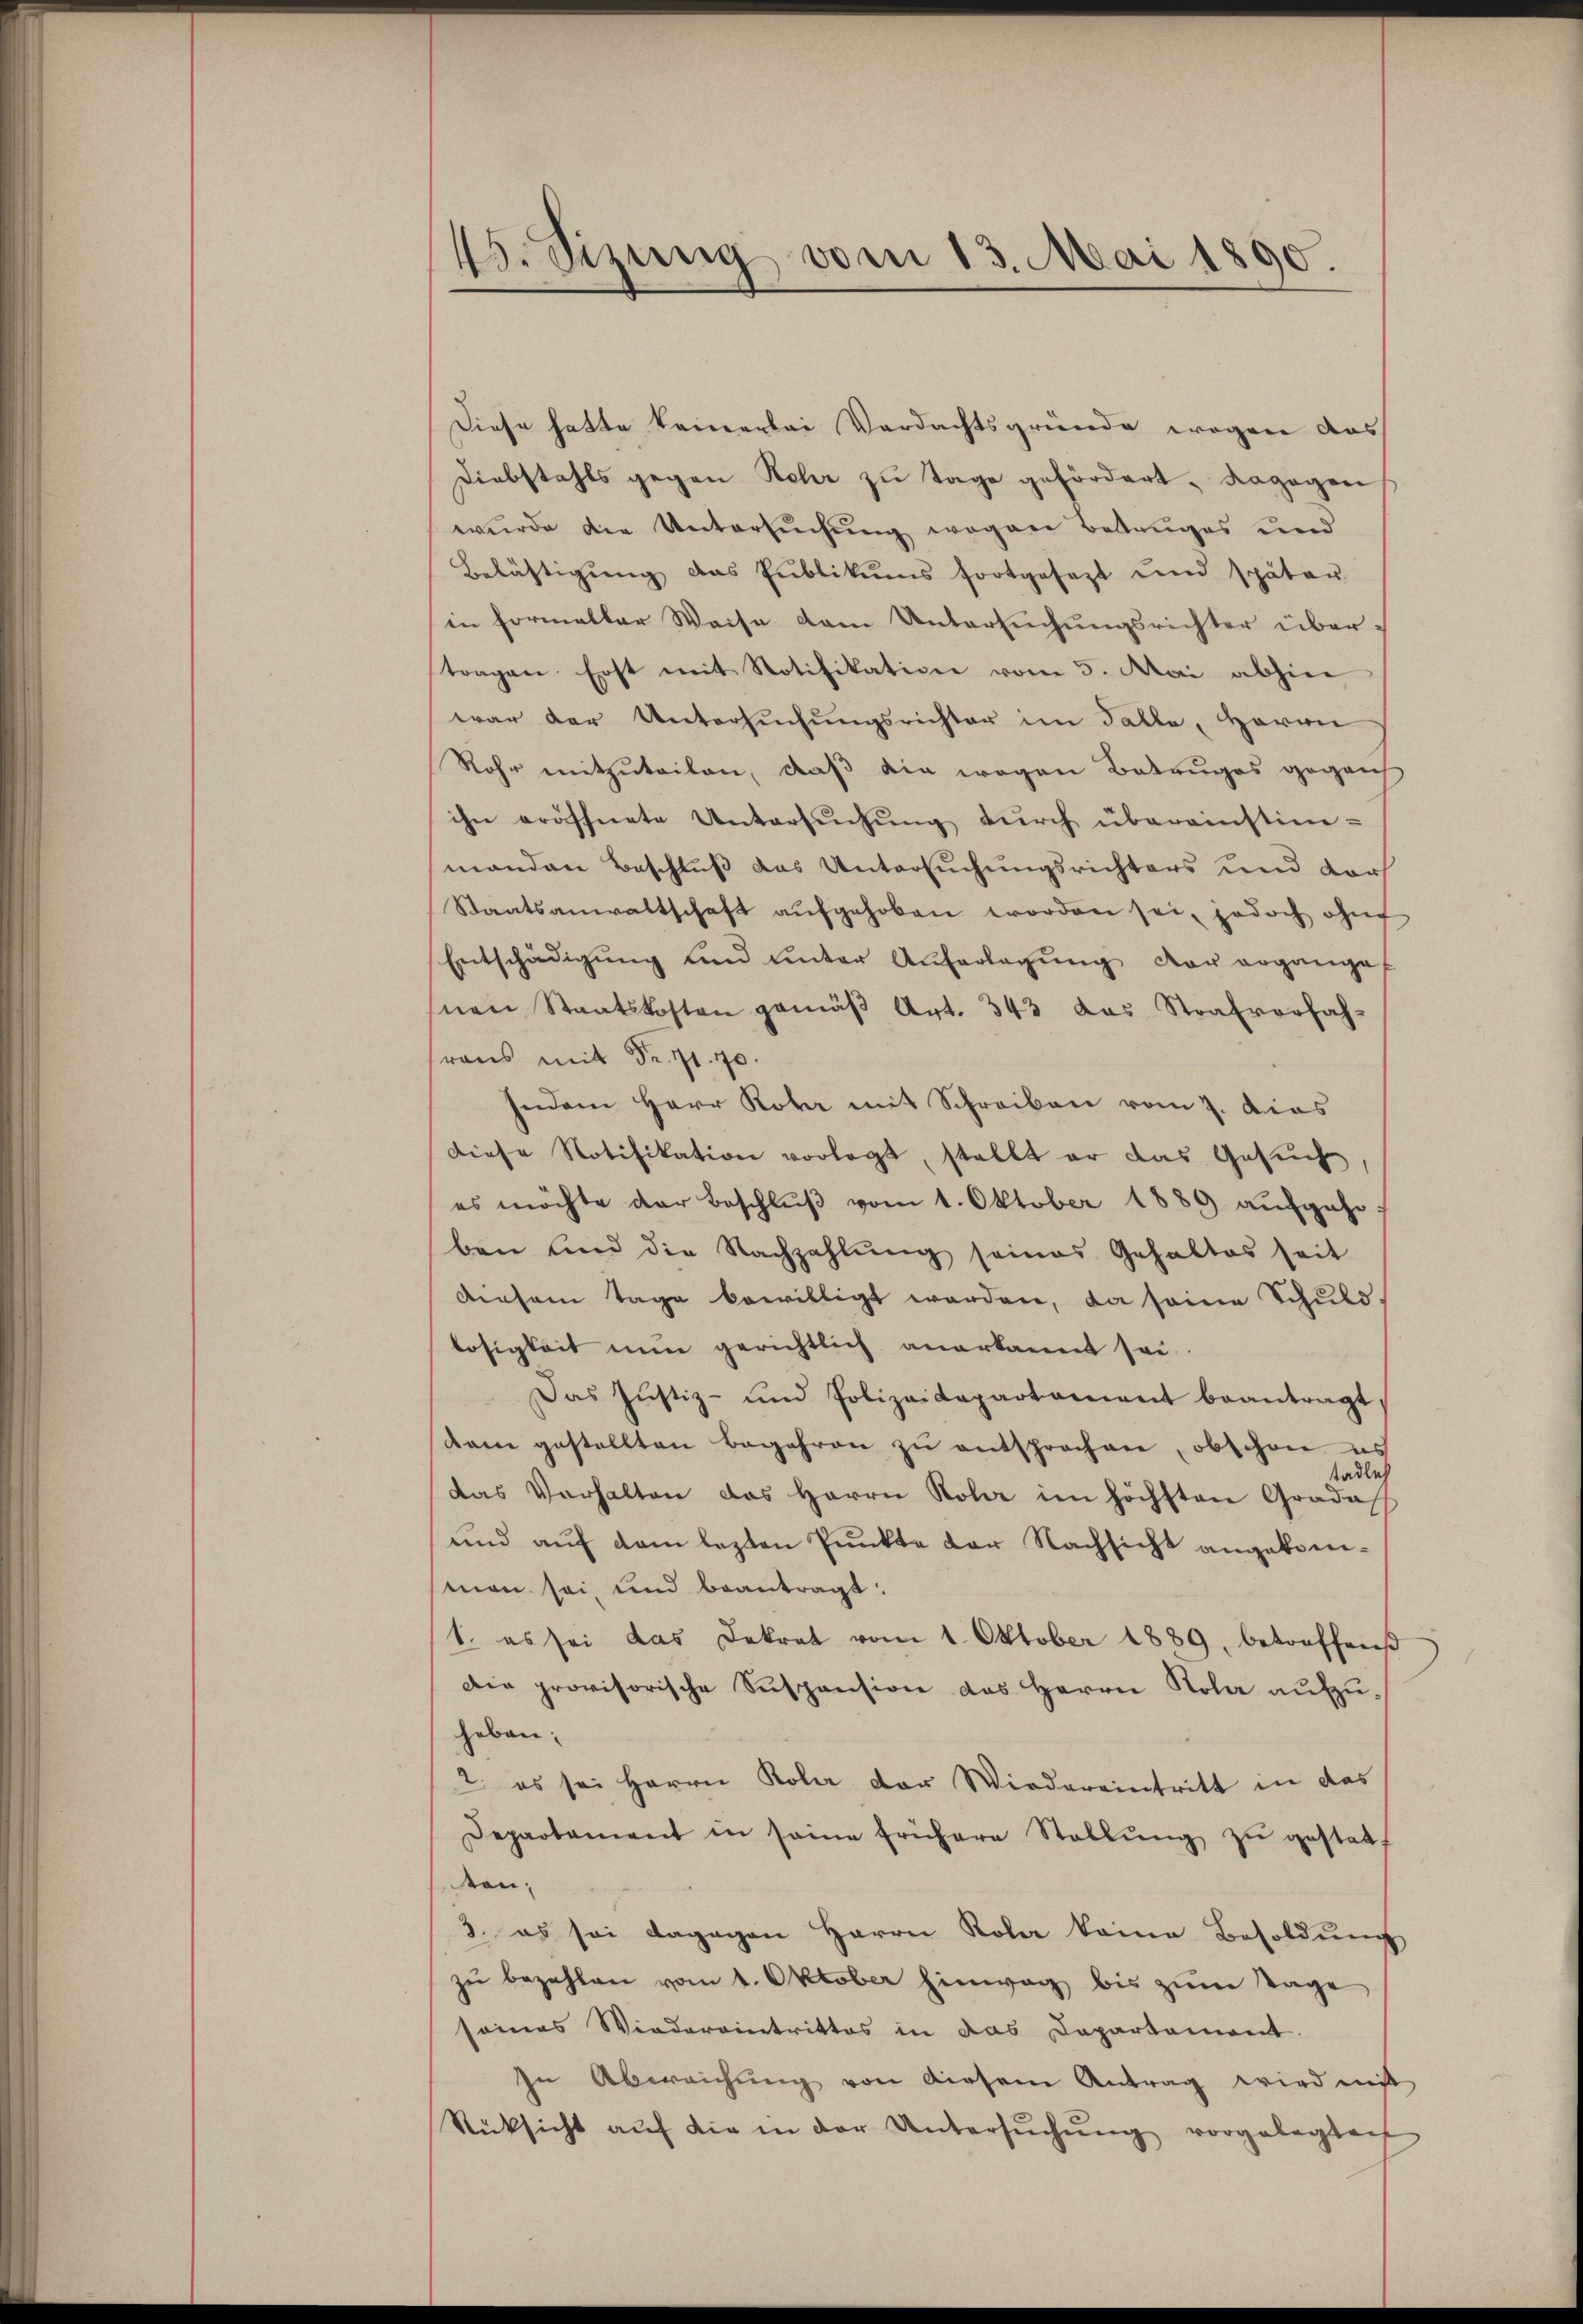
45. Seizung vom 13. Mai 1890.

Diese hatte keinerlei Verdachtsgründe wegen das
Diebstahls gegen Kehr zu Tage gefördert, dagegen
wŭrde die Untersŭchŭng wegen Betruges und
Belästigung das Publikums fortgesezt und später
in formeller Weise dem Untersuchungsrichter übertragen. Erst mit Notifikation vom 5. Mai abhier
war der Untersuchungsrichter im Falle, Herrn
Rohr mitzuteilen, daß die wegen Betruges gegen
ihn eröffnete Untersŭchŭng dŭrch übereinstim-
manden Beschluß das Untersuchungsrichters und dorf
Staatsanwaltschaft aŭfgehoben worden sei, jedoch ohne
Entschädigung und unter Auferlegung der ergangef
nen Staatskosten gemäβ Art. 343 das Strafvorfah-
raus mit Fr. 71. 70.
Indem Herr Rohr mit Schreiben vom 7. dies
diese Notifikation vorlegt, stellt er das Gesŭch,
es möchte der Beschlŭβ vom 1. Oktober 1889 aufgehe.
ben und die Nachzahlŭng seines Gehaltes seit
diesem Tage bewilligt worden, da seine Schuld-
losigkeit nun gerichtlich anerkannt sei.
Das Justiz- und Polizeidepartament beantragt,
dem gestellten Begehren zu entsprochen, obschon es
tädlich
das Verhalten das Herrn Rohr im höchsten Gradaff
und auf dem lezten Punkte der Nachsicht angekomman sei und beantragt:
1. es sei das Dekret vom 1. Oktober 1889, betroffen
Die provisorische Suspension des Herrn Kola aufzuheben:
2. es sei Herrn Kola der Wiedereintritt in das
Departament in seine frühere Stellŭng zŭ gestatt
son
3. es sei dagegen Herrn Kola keine Besoldŭng
zŭ bezahlen vom 1. Oktober hinweg bis zum Tage
seines Wiedereintrittes in das Dapartement.
In Abweichŭng von diesem Antrag wird mit
Rücksicht aŭf die in der Untersŭchŭng vorgelegtech